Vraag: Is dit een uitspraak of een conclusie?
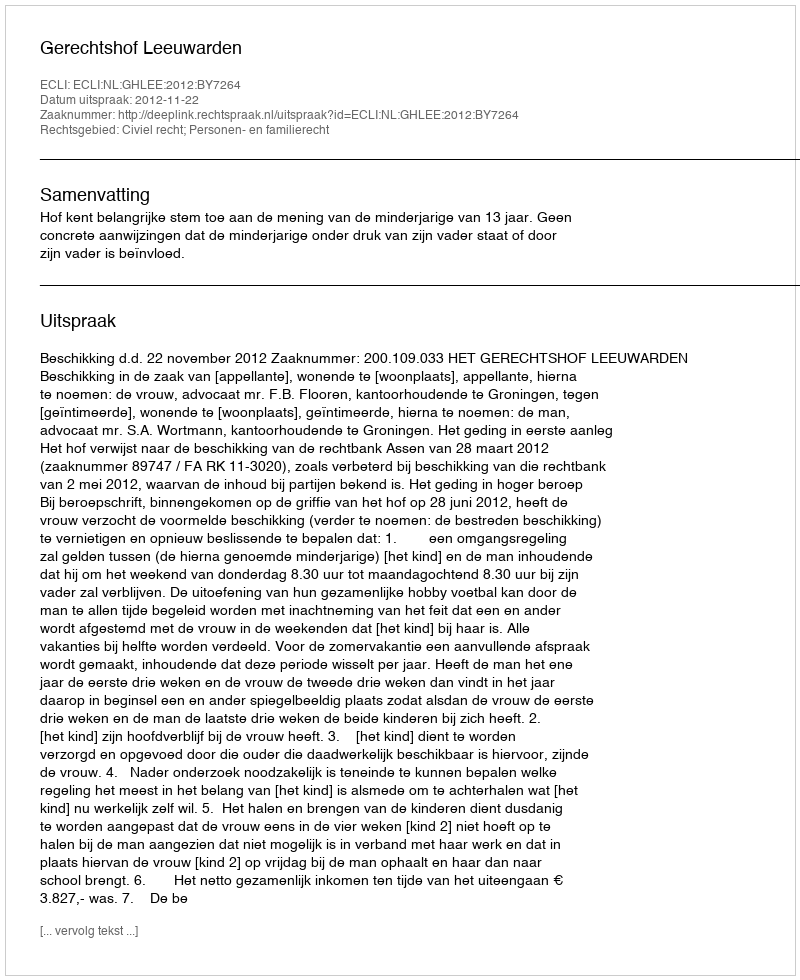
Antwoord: Uitspraak